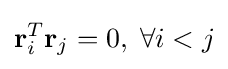
\mathbf {r} _{i}^{T}\mathbf {r} _{j}=0,\;\forall i<j